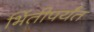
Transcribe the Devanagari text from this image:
भिंतीपर्यंत